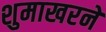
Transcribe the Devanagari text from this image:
शुमाखरने